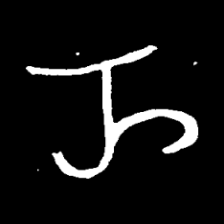
Pyu character \u2014 Myanmar letter: ည (romanized: nya)